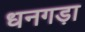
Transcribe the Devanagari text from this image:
धनगड़ा